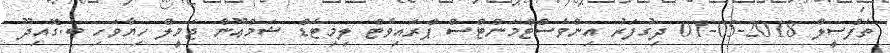
ތަފްސީލް 2018-05-01 ދިގުފަރު އިންވެސްޓްމަންޓްސް ޕްރައިވެޓް ލިމިޓެޑް ޝަމްޢޫން ޖަމީލް ހިޔާވަހި ބ.ގޮއިދޫ